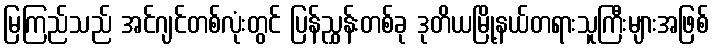
မြကြည်သည် အင်ဂျင်တစ်လုံးတွင် ပြန်ညွှန်းတစ်ခု ဒုတိယမြို့နယ်တရားသူကြီးများအဖြစ်